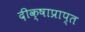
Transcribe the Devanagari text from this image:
दीक्षाप्राप्त